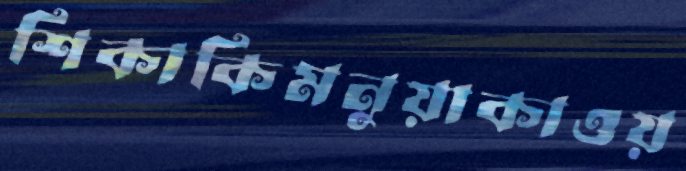
শিকাকিমনুয়াকাওয়